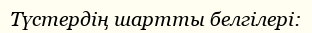
Түстердің шартты белгілері: